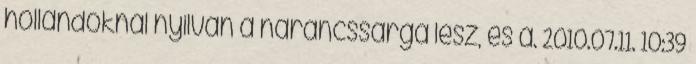
hollandoknál nyilván a narancssárga lesz, és a. 2010.07.11. 10:39